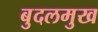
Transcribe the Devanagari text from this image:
बुदलमुख